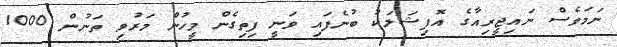
ނަމަވެސް ނައިޖީރިއާގެ އޮފިޝަލަކު ބުނެފައި ވަނީ ފިތިގެން މީހުން މަރުވި ތަނުން 1000